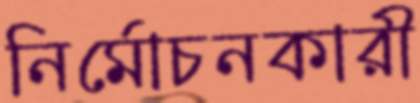
নির্মোচনকারী